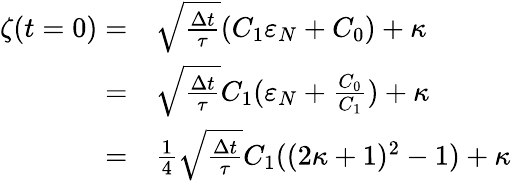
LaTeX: \begin{array}{rl}{\zeta(t=0)=}&{\sqrt{\frac{\Delta t}{\tau}}(C_{1}\varepsilon_{N}+C_{0})+\kappa}\\ {=}&{\sqrt{\frac{\Delta t}{\tau}}C_{1}(\varepsilon_{N}+\frac{C_{0}}{C_{1}})+\kappa}\\ {=}&{\frac{1}{4}\sqrt{\frac{\Delta t}{\tau}}C_{1}((2\kappa+1)^{2}-1)+\kappa}\end{array}